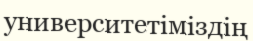
университетіміздің